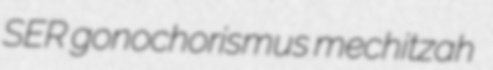
SER gonochorismus mechitzah